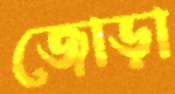
জোড়া